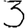
Digit: 3